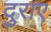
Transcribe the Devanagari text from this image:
दुराए